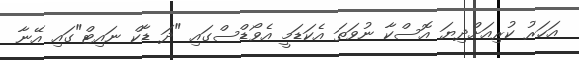
އަހަރު ކުރިއަށްދިޔަ އޮސްކާ ނުވަތަ އެކަޑަމީ އެވޯޑްސްގައި "ދަ ޑާކް ނައިޓް"ގައި އޭނާ